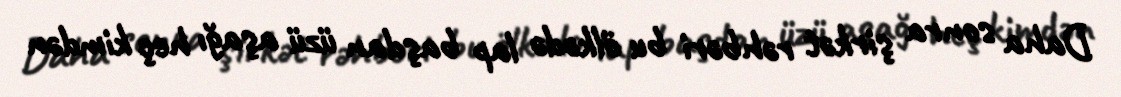
Daha sonra şirkət rəhbəri bu ölkədə lap başdan üzü aşağı heç kimdən